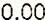
0.00